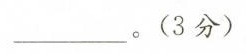
___。(3分)